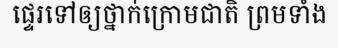
ផ្ទេរទៅឲ្យថ្នាក់ក្រោមជាតិ ព្រមទាំង